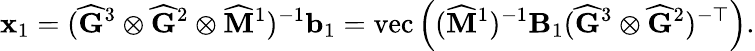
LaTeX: \mathbf{x}_{1}=(\widehat{\mathbf{G}}^{3}\otimes\widehat{\mathbf{G}}^{2}\otimes\widehat{\mathbf{M}}^{1})^{-1}\mathbf{b}_{1}=\mathrm{vec}\left((\widehat{\mathbf{M}}^{1})^{-1}\mathbf{B}_{1}(\widehat{\mathbf{G}}^{3}\otimes\widehat{\mathbf{G}}^{2})^{-\top}\right).